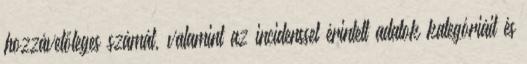
hozzávetőleges számát, valamint az incidenssel érintett adatok kategóriáit és